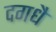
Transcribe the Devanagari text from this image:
दगधै